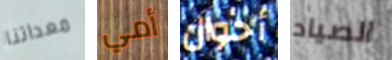
معداتنا أمي أحوال الصياد